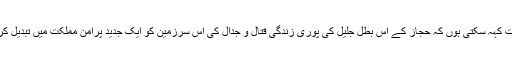
لیکن پورے وثوق کے ساتھ یہ بات کہہ سکتی ہوں کہ حجاز کے اس بطلِ جلیل کی پوری زندگی قتاّل و جدّال کی اس سرزمین کو ایک جدید پرامن مملکت میں تبدیل کرنے کی جدوجہد میں گزری تھی۔